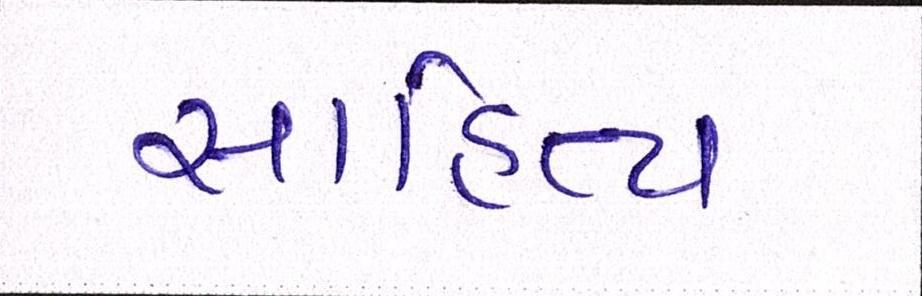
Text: સાહિત્ય